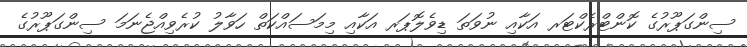
ސިންގަޕޫރުގެ ކޮންޓްރެކްޓަރ އަކާއި ނުވަތަ ޑިވެލޮޕަރ އަކާއި މިމަސައްކަތް ހަވާލު ކުރެވިއްޖެނަމަ ސިންގަޕޫރުގެ